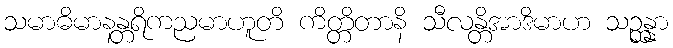
သမာဓိမာနန္တရိကညမာဟူတိ ကိတ္တိတာနိ သီလန္တိအာဒိမာဟ သဉ္ဆန္နာ